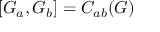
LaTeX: [ G _ { a } , G _ { b } ] = C _ { a b } ( G )